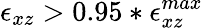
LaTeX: \epsilon_{xz}>0.95*\epsilon_{xz}^{max}